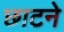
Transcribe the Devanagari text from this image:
छाटने